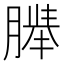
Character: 𬂍